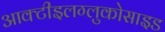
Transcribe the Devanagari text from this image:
आक्टीइलग्लुकोसाइड